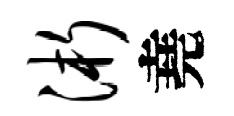
浙堯